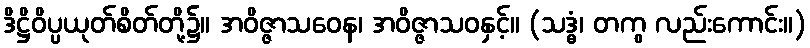
ဒိဋ္ဌိဝိပ္ပယုတ်စိတ်တို့၌။ အဝိဇ္ဇာသဝေန၊ အဝိဇ္ဇာသဝနှင့်။ (သဒ္ဓံ၊ တကွ လည်းကောင်း။)